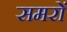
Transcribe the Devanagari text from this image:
समरों